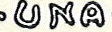
UNA